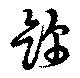
錦